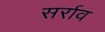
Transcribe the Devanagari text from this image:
सर्राव